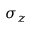
\sigma _ { z }